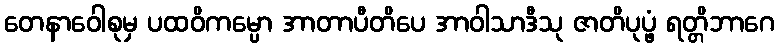
တေနာဝေါစုမှ ပထဝိကမ္ပော အာတာပီတိပေ အာဝါသာဒီသု ဇာတိပုပ္ဖံ ရတ္တိဘာဂေ